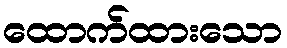
ထောက်ထားသော